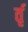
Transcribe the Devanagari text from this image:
र्तृ